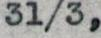
31/3,